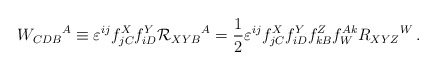
\begin{align*}W_{CDB}{}^A \equiv \varepsilon ^{ij} f^X_{jC} f^Y_{iD} {\cal R}_{XYB}{}^A = \frac 12 \varepsilon ^{ij} f^X_{jC} f^Y_{iD} f_{kB}^Z f_W^{Ak}R_{XYZ}{}^W\,.\end{align*}